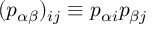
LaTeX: ( p _ { \alpha \beta } ) _ { i j } \equiv p _ { \alpha i } p _ { \beta j }